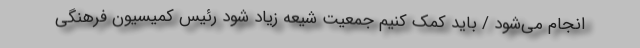
انجام می‌شود / باید کمک کنیم جمعیت شیعه زیاد شود رئیس کمیسیون فرهنگی